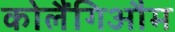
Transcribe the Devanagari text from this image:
कोलैंगिऔम